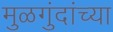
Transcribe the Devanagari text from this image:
मुळगुंदांच्या